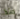
منذ